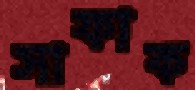
সাফাক